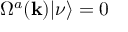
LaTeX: \Omega ^ { a } ( { \bf { k } } ) | \nu \rangle = 0 \;